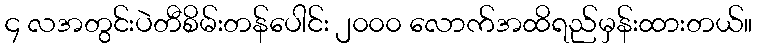
၄ လအတွင်းပဲတီစိမ်းတန်ပေါင်း ၂၀၀၀ လောက်အထိရည်မှန်းထားတယ်။